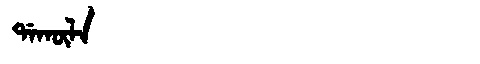
Manchu: ᡩᠠᡴᡡᠯᠠ
Romanization: DAKŪLA